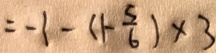
= - 1 - ( 1 - \frac { 5 } { 6 } ) \times 3